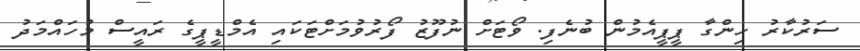
ސަރުކާރު ހިންގާ ޕީޕީއެމުން ބުނެފި. ވޯޓަށް ނުފޫޒު ފޯރުވުމަށްޓަކައި އެމްޑީޕީގެ ރައީސް މުހައްމަދު